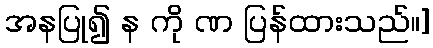
အနပြု၍ န ကို ဏ ပြန်ထားသည်။]